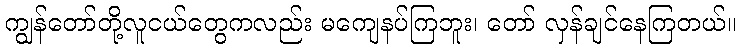
ကျွန်တော်တို့လူငယ်တွေကလည်း မကျေနပ်ကြဘူး၊ တော် လှန်ချင်နေကြတယ်။